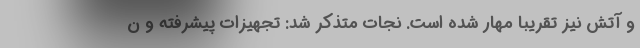
و آتش نیز تقریبا مهار شده است. نجات متذکر شد: تجهیزات پیشرفته و ن